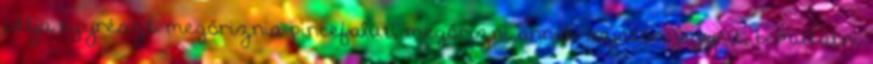
célja egyrészt megőriznia pincefalut, megőrizni annak sajátos jegyeit, bemutatni